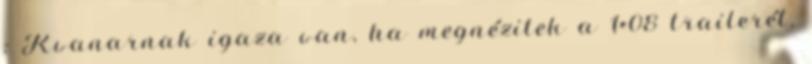
: Kvanarnak igaza van, ha megnézitek a 1×08 trailerét,